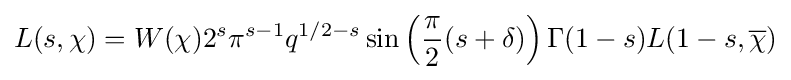
L(s,\chi )=W(\chi )2^{s}\pi ^{s-1}q^{1/2-s}\sin \left({\frac {\pi }{2}}(s+\delta )\right)\Gamma (1-s)L(1-s,{\overline {\chi }})